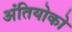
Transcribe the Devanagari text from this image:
अंतियोको